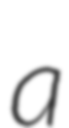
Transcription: a